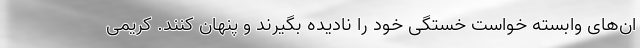
ان‌های وابسته خواست خستگی‌ خود را نادیده بگیرند و پنهان کنند. کریمی